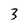
Character: 3